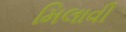
મિલાવી